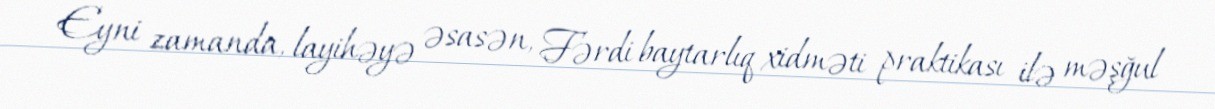
Eyni zamanda, layihəyə əsasən, Fərdi baytarlıq xidməti praktikası ilə məşğul